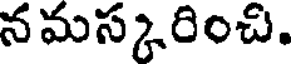
నమస్కరించి.